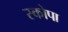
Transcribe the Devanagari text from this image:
स्कोपा